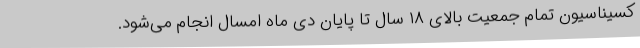
کسیناسیون تمام جمعیت بالای ۱۸ سال تا پایان دی ماه امسال انجام می‌شود.